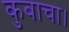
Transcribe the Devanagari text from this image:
कुबाचा।